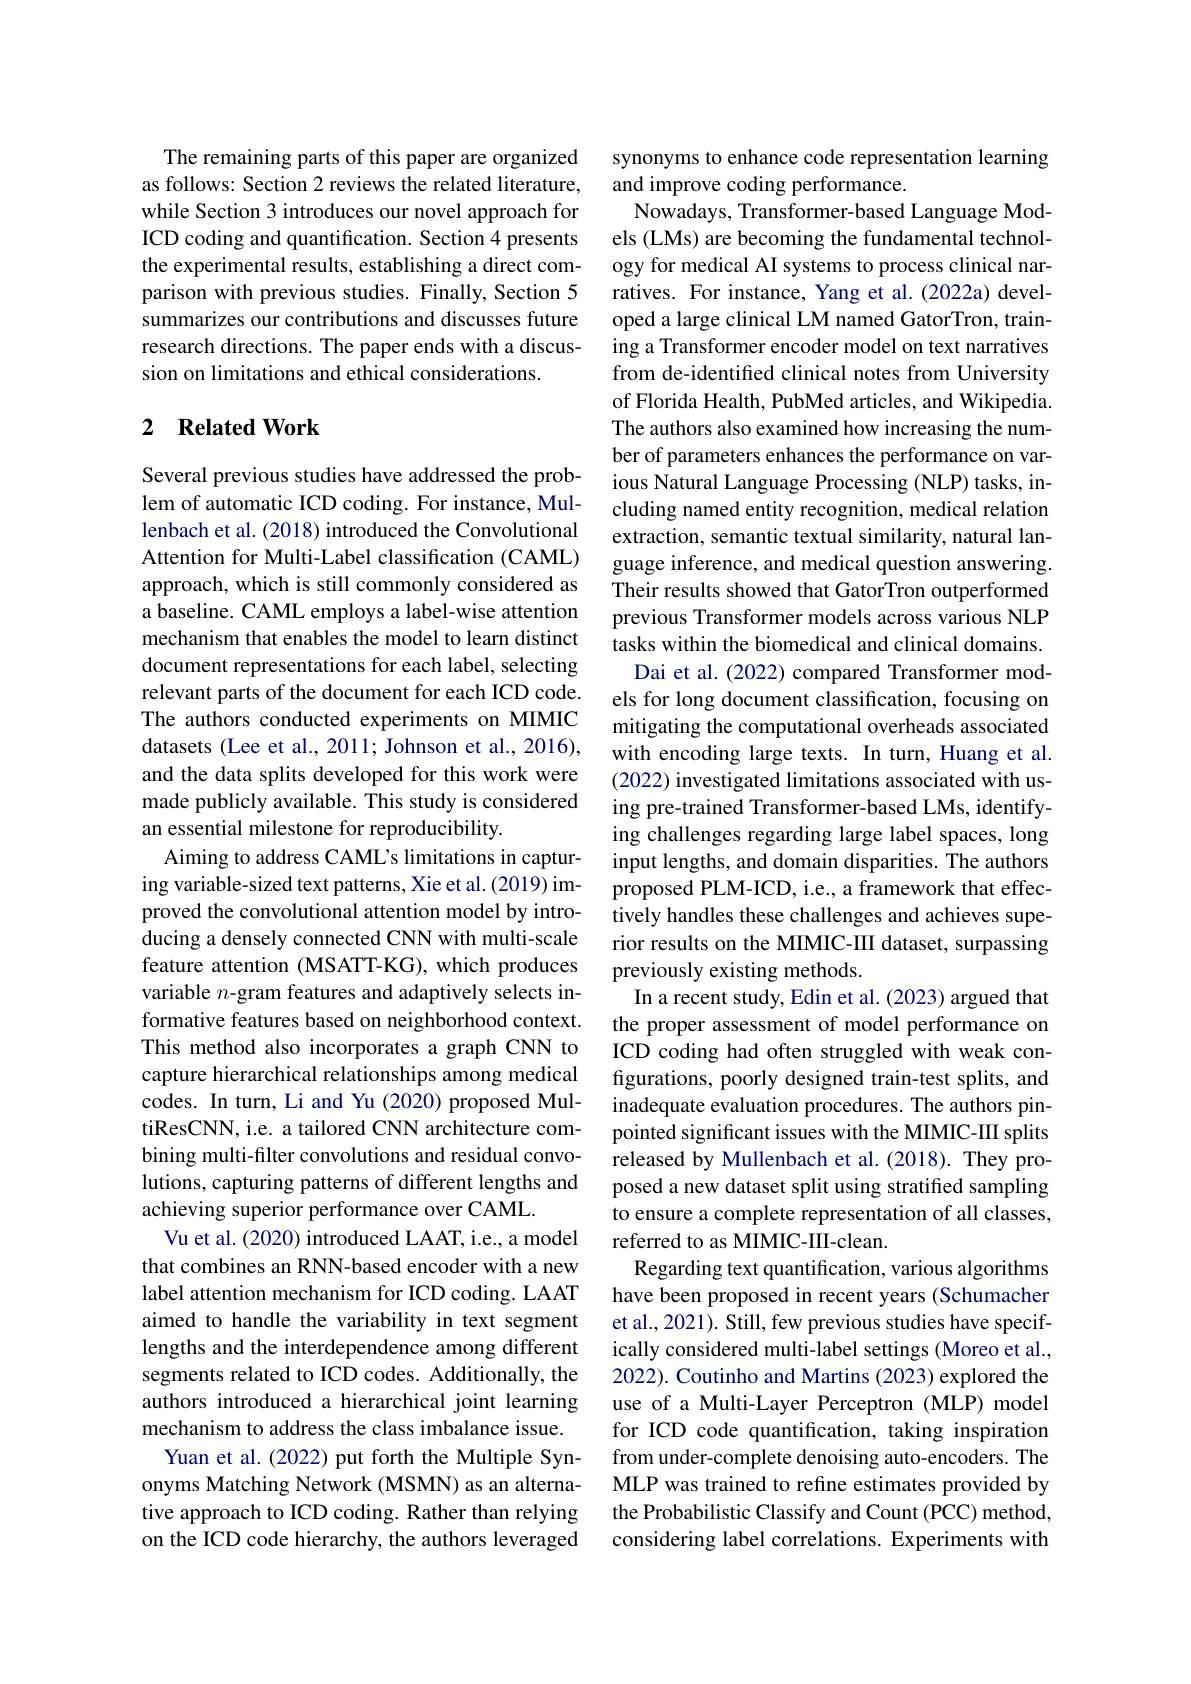
The remaining parts of this paper are organized as follows: Section 2 reviews the related literature, while Section 3 introduces our novel approach for ICD coding and quantification. Section 4 presents the experimental results, establishing a direct comparison with previous studies. Finally, Section 5 summarizes our contributions and discusses future research directions. The paper ends with a discussion on limitations and ethical considerations.

### 2 $\textbf{Related Work}$

Several previous studies have addressed the problem of automatic ICD coding. For instance, Mullenbach et al. (2018) introduced the Convolutional Attention for Multi-Label classification (CAML) approach, which is still commonly considered as a baseline. CAML employs a label-wise attention mechanism that enables the model to learn distinct document representations for each label, selecting relevant parts of the document for each ICD code. The authors conducted experiments on MIMIC datasets (Lee et al., 2011; Johnson et al., 2016), and the data splits developed for this work were made publicly available. This study is considered an essential milestone for reproducibility.
Aiming to address CAML's limitations in capturing variable-sized text patterns, Xie et al. (2019) improved the convolutional attention model by introducing a densely connected CNN with multi-scale feature attention (MSATT-KG), which produces variable $n$-gram features and adaptively selects informative features based on neighborhood context. This method also incorporates a graph CNN to capture hierarchical relationships among medical codes. In turn, Li and Yu (2020) proposed MultiResCNN, i.e. a tailored CNN architecture combining multi-filter convolutions and residual convolutions, capturing patterns of different lengths and achieving superior performance over CAML.
Vu et al. (2020) introduced LAAT, i.e., a model that combines an RNN-based encoder with a new label attention mechanism for ICD coding. LAAT aimed to handle the variability in text segment lengths and the interdependence among different segments related to ICD codes. Additionally, the authors introduced a hierarchical joint learning mechanism to address the class imbalance issue. Yuan et al. (2022) put forth the Multiple Synonyms Matching Network (MSMN) as an alternative approach to ICD coding. Rather than relying on the ICD code hierarchy, the authors leveraged

synonyms to enhance code representation learning
and improve coding performance.
Nowadays, Transformer-based Language Models (LMs) are becoming the fundamental technology for medical AI systems to process clinical narratives. For instance, Yang et al.(2022a) developed a large clinical LM named GatorTron, training a Transformer encoder model on text narratives from de-identified clinical notes from University of Florida Health, PubMed articles, and Wikipedia. The authors also examined how increasing the number of parameters enhances the performance on various Natural Language Processing (NLP) tasks, including named entity recognition, medical relation extraction, semantic textual similarity, natural language inference, and medical question answering. Their results showed that GatorTron outperformed previous Transformer models across various NLP tasks within the biomedical and clinical domains. Dai et al. (2022) compared Transformer mod-
els for long document classification, focusing on mitigating the computational overheads associated with encoding large texts. In turn, Huang et al. (2022) investigated limitations associated with using pre-trained Transformer-based LMs, identifying challenges regarding large label spaces, long input lengths, and domain disparities. The authors proposed PLM-ICD, i.e., a framework that effectively handles these challenges and achieves superior results on the MIMIC-III dataset, surpassing previously existing methods.
In a recent study, Edin et al. (2023) argued that the proper assessment of model performance on ICD coding had often struggled with weak configurations, poorly designed train-test splits, and inadequate evaluation procedures. The authors pinpointed significant issues with the MIMIC-III splits released by Mullenbach et al. (2018). They proposed a new dataset split using stratified sampling to ensure a complete representation of all classes, referred to as MIMIC-III-clean.
Regarding text quantification, various algorithms have been proposed in recent years (Schumacher et al., 2021). Still, few previous studies have specifically considered multi-label settings (Moreo et al., 2022). Coutinho and Martins (2023) explored the use of a Multi-Layer Perceptron (MLP) model for ICD code quantification, taking inspiration from under-complete denoising auto-encoders. The MLP was trained to refine estimates provided by the Probabilistic Classify and Count (PCC) method, considering label correlations. Experiments with